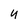
Character: u